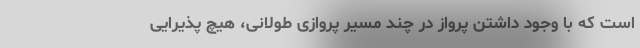
است که با وجود داشتن پرواز در چند مسیر پروازی طولانی، هیچ پذیرایی